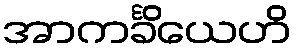
အာကင်္ခိယေဟိ